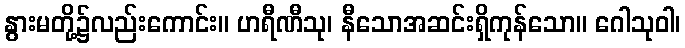
နွားမတို့၌လည်းကောင်း။ ဟရီဏီသု၊ နီသောအဆင်းရှိကုန်သော။ ဂေါသုဝါ၊